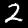
Label: 2